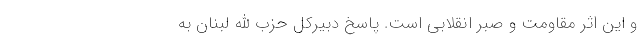
و این اثر مقاومت و صبر انقلابی است. پاسخ دبیرکل حزب الله لبنان به